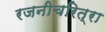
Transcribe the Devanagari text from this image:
रजनीचरित्रा